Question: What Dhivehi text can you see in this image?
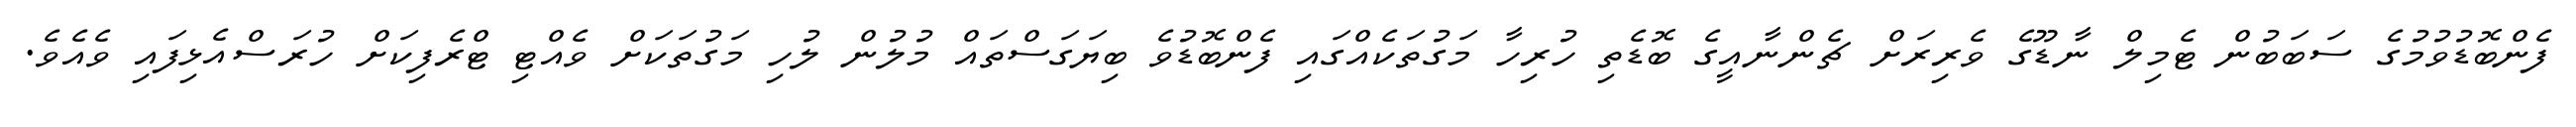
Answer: ފެންބޮޑުވުމުގެ ސަބަބުން ޓެމިލް ނާޑޫގެ ވެރިރަށް ޗެންނާއީގެ ބޮޑެތި ހުރިހާ މަގުތަކެއްގައި ފެންބޮޑުވެ ބިޔަގަސްތައް މުލުން ލުހި މަގުތަކަށް ވެއްޓި ޓްރެފިކަށް ހުރަސްއެޅިފައި ވެއެވެ.